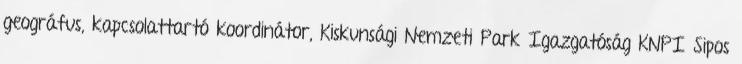
geográfus, kapcsolattartó koordinátor, Kiskunsági Nemzeti Park Igazgatóság KNPI Sipos